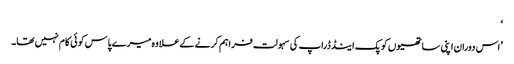
‘
’اس دوران اپنی ساتھیوں کو پک اینڈ ڈراپ کی سہولت فراہم کرنے کےعلاوہ میرے پاس کوئی کام نہیں تھا۔